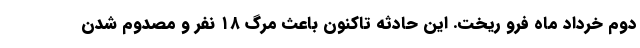
دوم خرداد ماه فرو ریخت. این حادثه تاکنون باعث مرگ ۱۸ نفر و مصدوم شدن